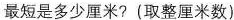
最短是多少厘米?(取整厘米数)